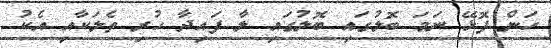
ހަން ފޮޅޭ ނަމަ ބޮލުގައި ބޮލުގައި ލާ ފައިދާ ހުރި ތެލަކާއި އެކު